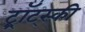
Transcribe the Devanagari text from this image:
ट्र्रॉट्स्की